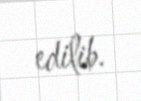
edilib.